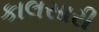
કાલસારી